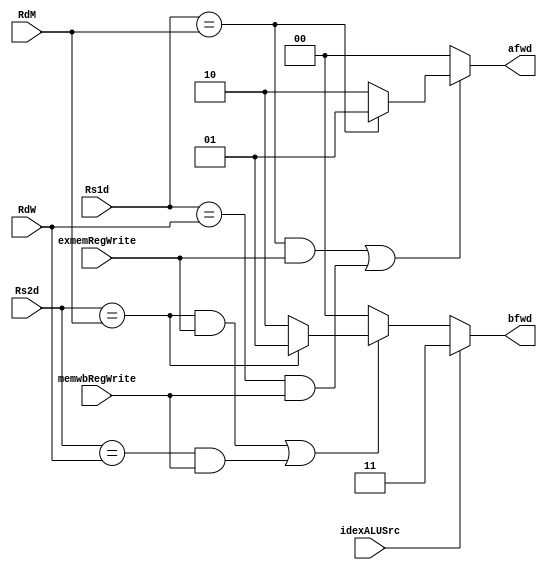
`timescale 1ns / 1ps
module lab5_fwdunit(
input [4:0] Rs1d,
input [4:0] Rs2d,
input [4:0] RdM,
input [4:0] RdW,
input idexALUSrc,//avoid that the imm is decoded to a legal Rs2d 
input exmemRegWrite,
input memwbRegWrite,
output [1:0] afwd,
output [1:0] bfwd
);
//this module deals with RAW situation, load-use(inlcuding lw-R and lw-sw) should be dealt with by hazard unit and then by this one
assign afwd = ((Rs1d==RdM&&exmemRegWrite)||(Rs1d==RdW&&memwbRegWrite))?(Rs1d==RdM?2'b01:2'b10):2'b00;//0 for A,1 for Y,2 for MDRorYW,select the nearest result if necessary
assign bfwd = idexALUSrc?2'b11:(((Rs2d==RdM&&exmemRegWrite)||(Rs2d==RdW&&memwbRegWrite))?(Rs2d==RdM?2'b01:2'b10):2'b00);//0 for B, 3 for imm, 1 for Y, 2 for MDRorYW

endmodule